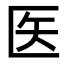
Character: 医